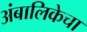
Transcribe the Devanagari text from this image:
अंबालिकेचा